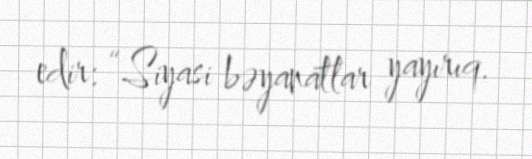
edir: “Siyasi bəyanatlar yayırıq.